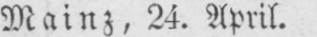
Mainz, 24. April.